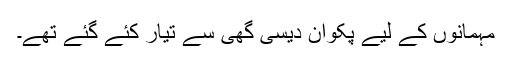
مہمانوں کے لیے پکوان دیسی گھی سے تیار کئے گئے تھے۔